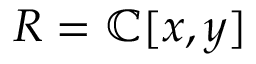
R = \mathbb { C } [ x , y ]